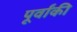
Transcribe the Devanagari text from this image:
पूर्वांकी